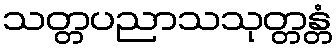
သတ္တပညာသသုတ္တန္တံ